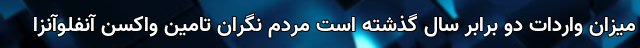
میزان واردات دو برابر سال گذشته است مردم نگران تامین واکسن آنفلوآنزا